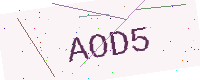
Text: AOD5